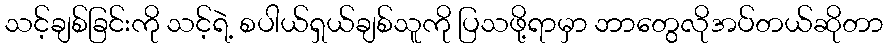
သင့်ချစ်ခြင်းကို သင့်ရဲ့ စပါယ်ရှယ်ချစ်သူကို ပြသဖို့ရာမှာ ဘာတွေလိုအပ်တယ်ဆိုတာ